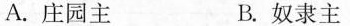
A.庄园主 B.奴隶主